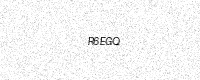
Text: R6EGQ